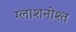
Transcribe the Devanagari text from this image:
ग्लाशनोश्त